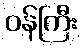
ဝန်ကြီး